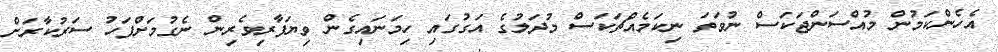
އެހެންކަމުން މުއްސަންޖަކަސް ނުވަތަ ނިކަމެއްޗަކަސް މުދަލުގެ އަގުގައި ހިމަނައިގެން ވިޔަފާރިވެރިން ނެގުމަށްފަހު ސަރުކާރަށް